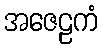
အဇေဠကံ